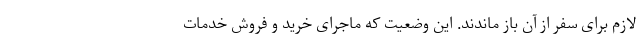
لازم برای سفر از آن باز ماندند. این وضعیت که ماجرای خرید و فروش خدمات